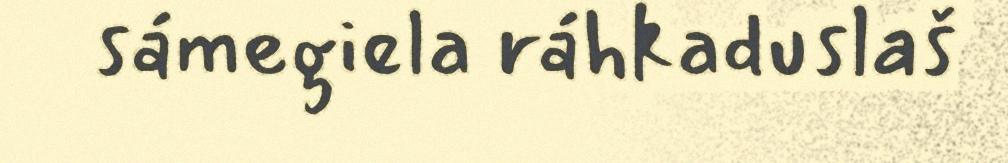
sámegiela ráhkaduslaš